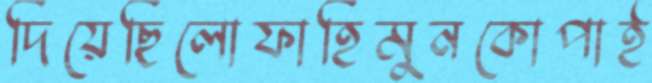
দিয়েছিলোফাহিমুনকোপাই